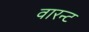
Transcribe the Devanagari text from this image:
वारन्‍ट